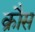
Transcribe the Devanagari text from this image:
क्रौस